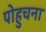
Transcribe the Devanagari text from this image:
पोहुचना